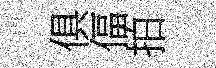
俱偪拍